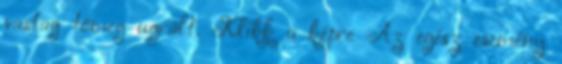
vastag tömeg ugrált. Klikk a képre Az egész esemény